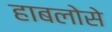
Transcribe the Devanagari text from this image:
हाबलोसे